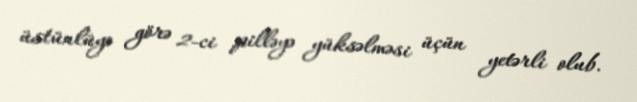
üstünlüyə görə 2-ci pilləyə yüksəlməsi üçün yetərli olub.